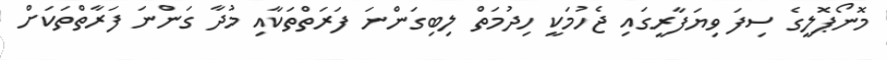
މޮނޯޕޮލީގެ ސިފަ ވިޔަފާރީގައި ޖެހުމަކީ ހިދުމަތް ލިބިގަންނަ ފަރަތްތަކާއި މުދާ ގަންނަ ފަރާތްތަކަށް